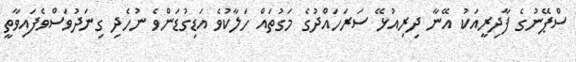
ސްޕޭނުގެ ފާދިރީއަކު އޭނާ ދިރިއުޅޭ ސަރަހައްދުގެ މަގުތައް ހަލާކުވެ އަޑިގުޑަންވެ ނުހެދި ގިނަދުވަސްވެފައިވާތީ